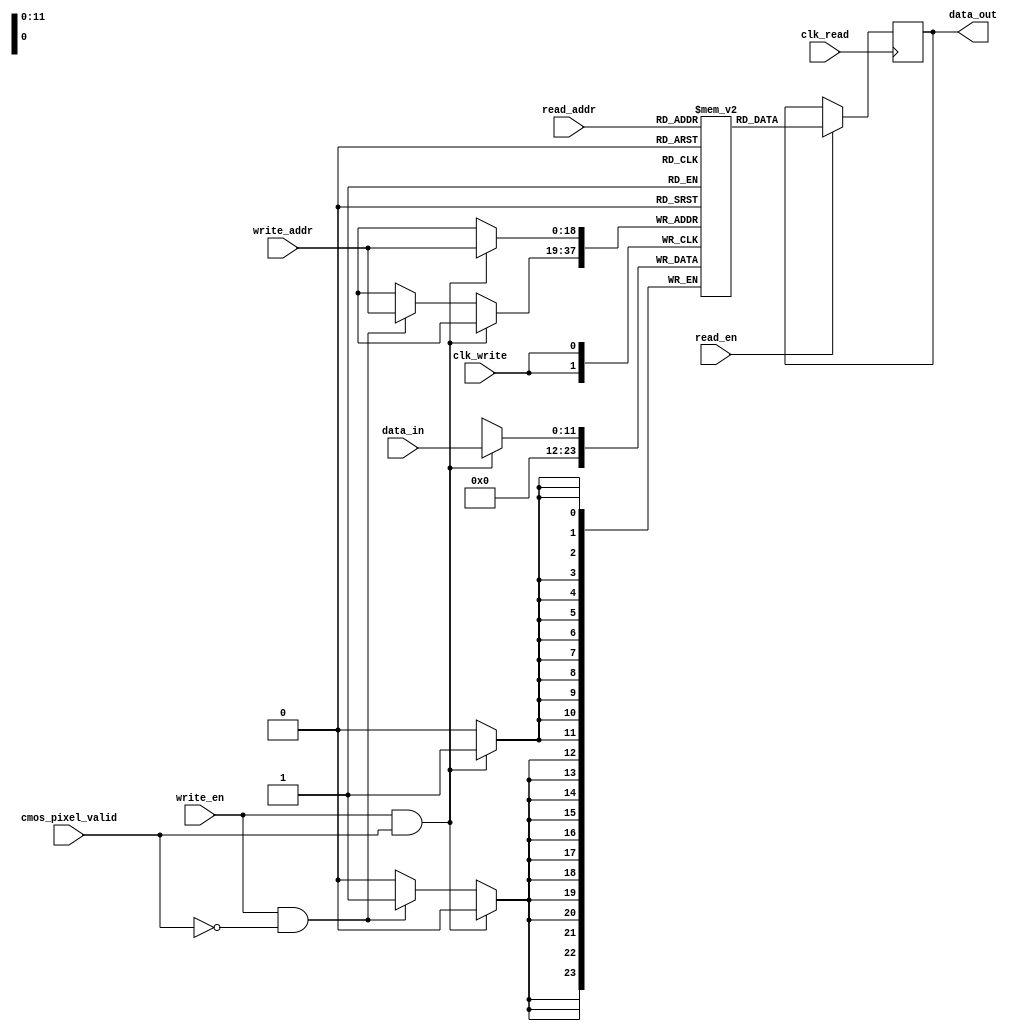
`timescale 1ns / 1ps
//////////////////////////////////////////////////////////////////////////////////
// Company: 
// Engineer: 
// 
// Design Name: 
// Module Name: bram
// Project Name: 
// Target Devices: 
// Tool Versions: 
// Description: 
// 
// Dependencies: 
// 
// Revision:
// Revision 0.01 - File Created
// Additional Comments:
// 
//////////////////////////////////////////////////////////////////////////////////


module bram_memory(
    input clk_read,
    input clk_write,
    input cmos_pixel_valid,
    input read_en,
    input write_en,
    input [18:0] read_addr,
    input [18:0] write_addr,
    input [11:0] data_in,
    output reg [11:0] data_out
);

    //reg [11:0] memory [0:30199]; // Adjusted size for 640x480 image
    reg [11:0] memory [307199:0]; // Adjusted size for 640x480 image


    /** Read port */
    always @(posedge clk_read) begin
        if (read_en) data_out <= memory[read_addr];
    end

    /** Write port */
    always @(posedge clk_write) begin
        if (write_en && cmos_pixel_valid) memory[write_addr] <= data_in;
        else if (write_en && !cmos_pixel_valid) memory[write_addr] <= 12'b0;
    end

endmodule